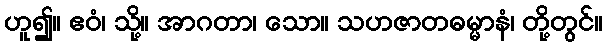
ဟူ၍။ ဧဝံ၊ သို့။ အာဂတာ၊ သော။ သဟဇာတဓမ္မာနံ၊ တို့တွင်။